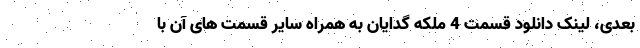
بعدی، لینک دانلود قسمت 4 ملکه گدایان به همراه سایر قسمت های آن با